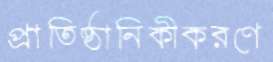
প্রাতিষ্ঠানিকীকরণে